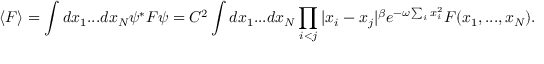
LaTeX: \langle F \rangle = \int d x _ { 1 } . . . d x _ { N } \psi ^ { * } F \psi = C ^ { 2 } \int d x _ { 1 } . . . d x _ { N } \prod _ { i < j } | x _ { i } - x _ { j } | ^ { \beta } e ^ { - \omega \sum _ { i } x _ { i } ^ { 2 } } F ( x _ { 1 } , . . . , x _ { N } ) .